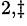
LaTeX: ^{2,\ddagger}